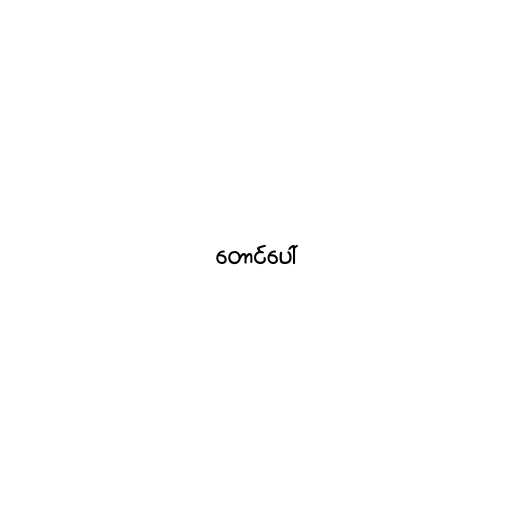
တောင်ပေါ်